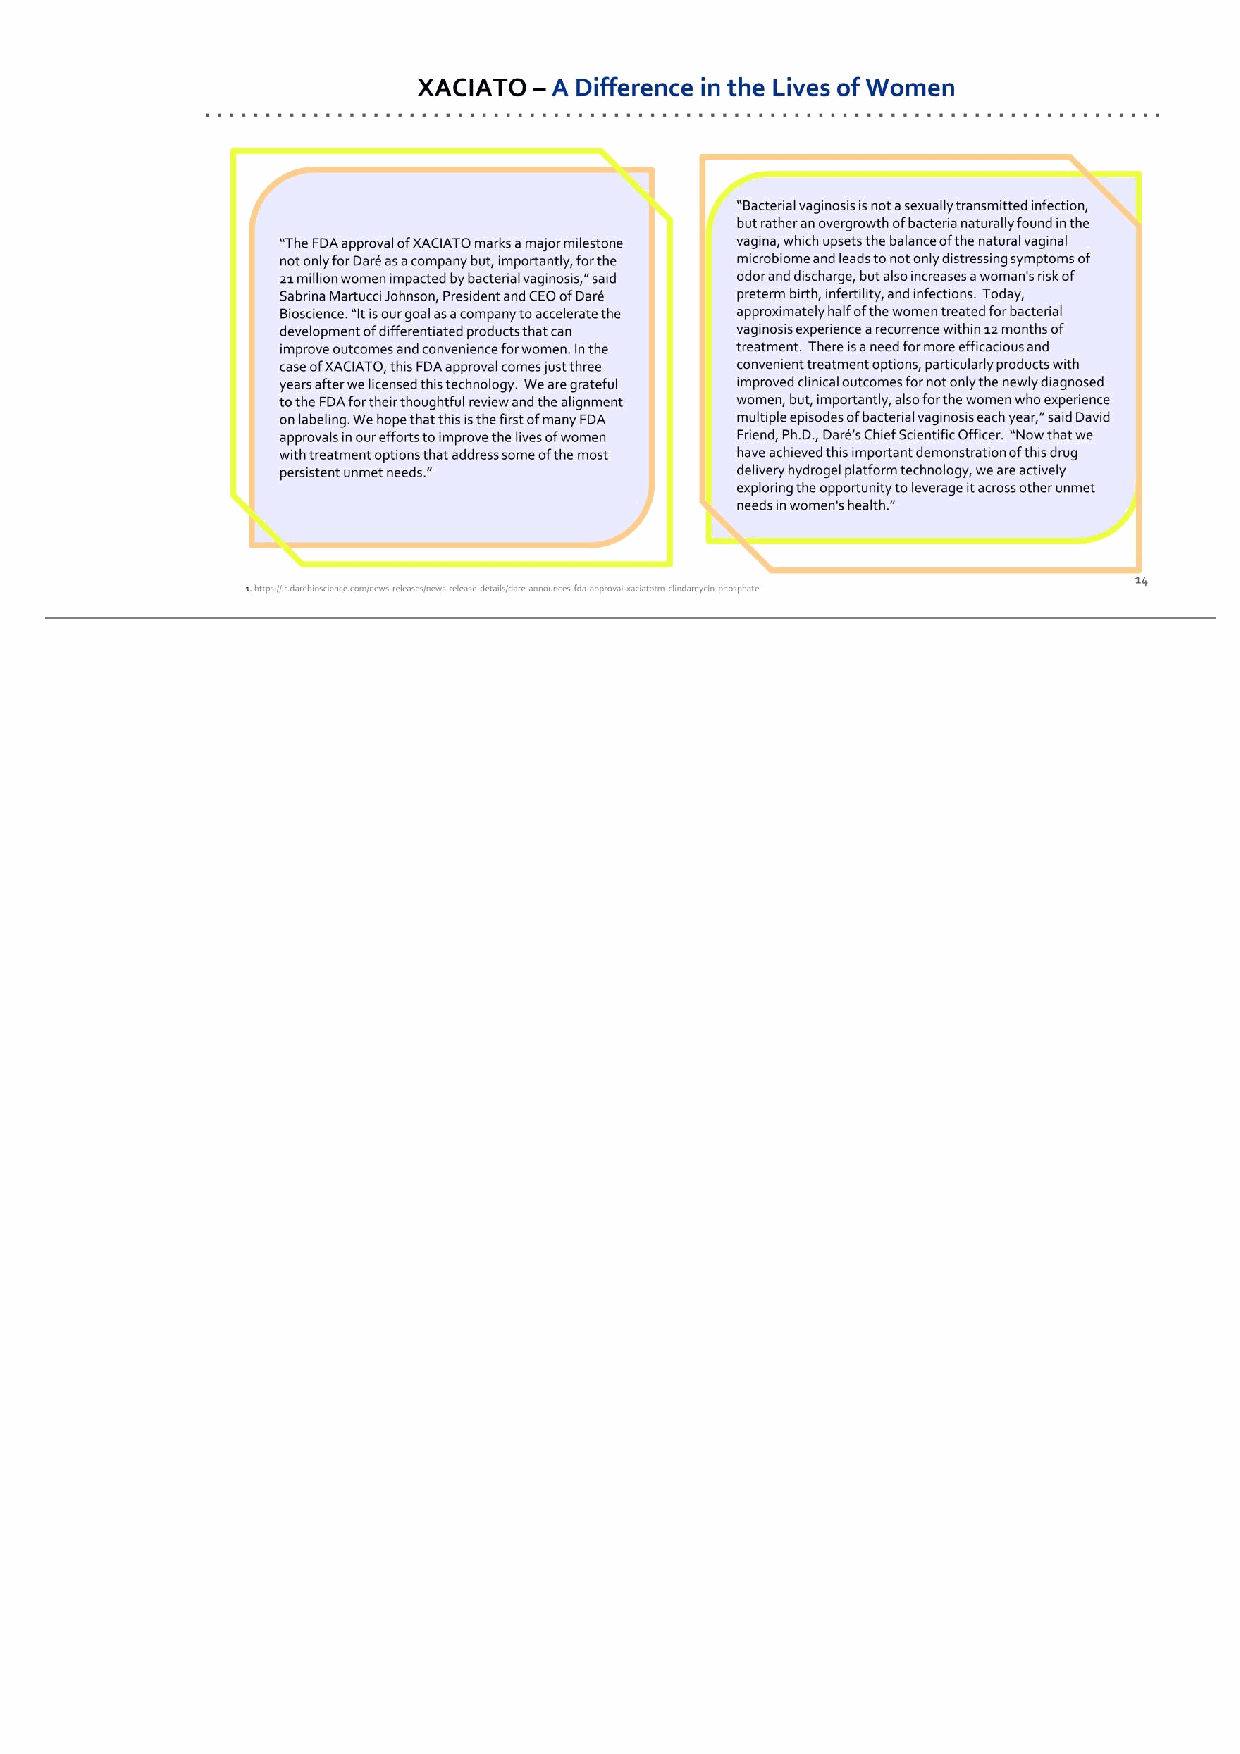
14 XACIATO – A Difference in the Lives of Women “The FDA approval of XACIATO marks a major milestone not only for Daré as a company but, importantly, for the 21 million women impacted by bacterial vaginosis,” said Sabrina Martucci Johnson, President and CEO of Daré Bioscience. “It is our goal as a company to accelerate the development of differentiated products that can improve outcomes and convenience for women. In the case of XACIATO, this FDA approval comes just three years after we licensed this technology. We are grateful to the FDA for their thoughtful review and the alignment on labeling. We hope that this is the first of many FDA approvals in our efforts to improve the lives of women with treatment options that address some of the most persistent unmet needs.” 1. https://ir.darebioscience.com/news-releases/news-release-details/dare-announces-fda-approval-xaciatotm-clindamycin-phosphate “Bacterial vaginosis is not a sexually transmitted infection, but rather an overgrowth of bacteria naturally found in the vagina, which upsets the balance of the natural vaginal microbiome and leads to not only distressing symptoms of odor and discharge, but also increases a woman's risk of preterm birth, infertility, and infections. Today, approximately half of the women treated for bacterial vaginosis experience a recurrence within 12 months of treatment. There is a need for more efficacious and convenient treatment options, particularly products with improved clinical outcomes for not only the newly diagnosed women, but, importantly, also for the women who experience multiple episodes of bacterial vaginosis each year,” said David Friend, Ph.D., Daré’s Chief Scientific Officer. “Now that we have achieved this important demonstration of this drug delivery hydrogel platform technology, we are actively exploring the opportunity to leverage it across other unmet needs in women's health.”